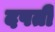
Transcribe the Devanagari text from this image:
दपती